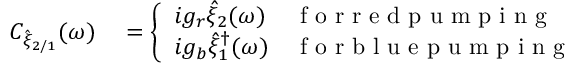
\begin{array} { r l } { C _ { \hat { \xi } _ { 2 / 1 } } ( \omega ) } & { { } = \left\{ \begin{array} { l l } { i g _ { r } \hat { \xi } _ { 2 } ( \omega ) } & { \mathrm { ~ f ~ o ~ r ~ r ~ e ~ d ~ p ~ u ~ m ~ p ~ i ~ n ~ g ~ } } \\ { i g _ { b } \hat { \xi } _ { 1 } ^ { \dagger } ( \omega ) } & { \mathrm { ~ f ~ o ~ r ~ b ~ l ~ u ~ e ~ p ~ u ~ m ~ p ~ i ~ n ~ g ~ } } \end{array} \right. } \end{array}